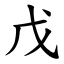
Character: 戊